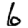
Digit: 6